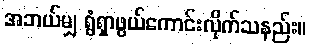
အဘယ်မျှ ရွံရှာဖွယ်ကောင်းလိုက်သနည်း။